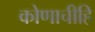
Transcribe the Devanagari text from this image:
कोणाचीहि